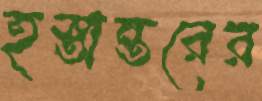
হস্তান্তরের